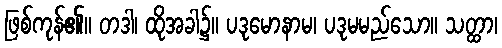
ဖြစ်ကုန်၏။ တဒါ၊ ထိုအခါ၌။ ပဒုမောနာမ၊ ပဒုမမည်သော။ သတ္ထာ၊